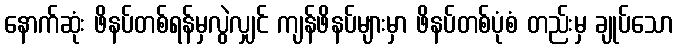
နောက်ဆုံး ဖိနပ်တစ်ရန်မှလွဲလျှင် ကျန်ဖိနပ်များမှာ ဖိနပ်တစ်ပုံစံ တည်းမှ ချုပ်သော